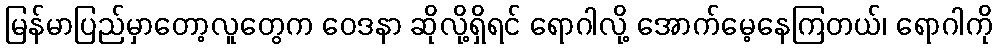
မြန်မာပြည်မှာတော့လူတွေက ဝေဒနာ ဆိုလို့ရှိရင် ရောဂါလို့ အောက်မေ့နေကြတယ်၊ ရောဂါကို